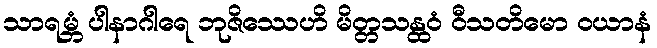
သာရမ္ဘံ ပါနာဂါရေ ဘုဇိဿေဟိ မိတ္တသန္ထဝံ ဝီသတိမော ဝယာနံ